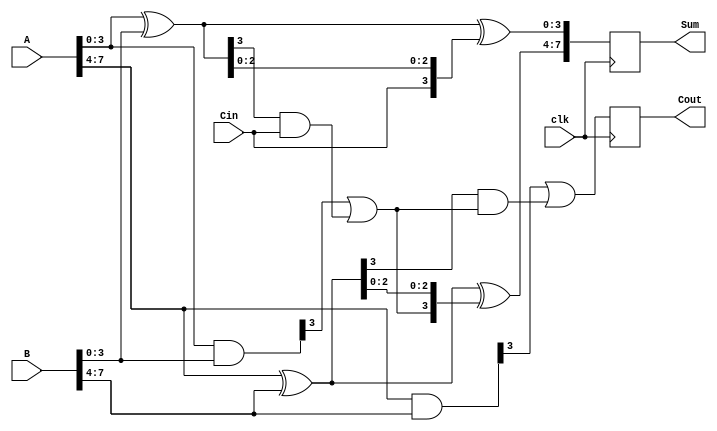
module pipelined_cla (
    input wire clk,
    input wire [7:0] A,     // 8-bit input A
    input wire [7:0] B,     // 8-bit input B
    input wire Cin,         // Carry-in
    output reg [7:0] Sum,   // 8-bit Sum output
    output reg Cout         // Carry-out
);

    // Intermediate signals for the first stage
    wire [3:0] P0, G0;      // Propagate and Generate for first 4 bits
    wire [3:0] P1, G1;      // Propagate and Generate for second 4 bits
    wire C1, C2;            // Carry signals between stages

    // Generate P and G for the first 4 bits
    assign P0 = A[3:0] ^ B[3:0]; // P0[i] = A[i] XOR B[i]
    assign G0 = A[3:0] & B[3:0]; // G0[i] = A[i] AND B[i]

    // Generate P and G for the second 4 bits
    assign P1 = A[7:4] ^ B[7:4]; // P1[i] = A[i] XOR B[i]
    assign G1 = A[7:4] & B[7:4]; // G1[i] = A[i] AND B[i]

    // Carry computation for the first stage
    assign C1 = G0[3] | (P0[3] & Cin); // C1 = G0[3] OR (P0[3] AND Cin)
    assign C2 = G1[3] | (P1[3] & C1); // C2 = G1[3] OR (P1[3] AND C1)

    always @(posedge clk) begin
        // Stage 1: Compute sum for the first 4 bits
        Sum[3:0] <= P0 ^ {Cin, P0[2:0]}; // Sum[0:3] = P0 XOR {Cin, P0[2:0]}
        
        // Stage 2: Compute sum for the second 4 bits
        Sum[7:4] <= P1 ^ {C1, P1[2:0]}; // Sum[4:7] = P1 XOR {C1, P1[2:0]}
        
        // Final carry-out
        Cout <= C2; // Carry-out from the last stage
    end
endmodule